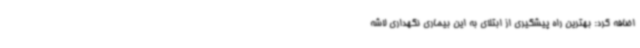
اضافه کرد: بهترین راه پیشگیری از ابتلای به این بیماری نگهداری لاشه